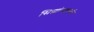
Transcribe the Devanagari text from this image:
सिद्धांतशास्त्री